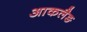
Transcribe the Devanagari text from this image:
आकलैङ